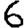
Digit: 6